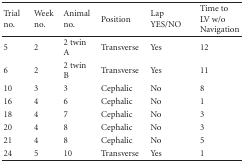
| Trial no. | Week no. | Animal no. | Position | Lap YES/NO | Time to LV w/o Navigation |
 | --- | --- | --- | --- | --- | --- |
 | 5 | 2 | 2 twin A | Transverse | Yes | 12 |
 | 6 | 2 | 2 twin B | Transverse | Yes | 11 |
 | 10 | 3 | 3 | Cephalic | No | 8 |
 | 16 | 4 | 6 | Cephalic | No | 1 |
 | 18 | 4 | 7 | Cephalic | No | 3 |
 | 20 | 4 | 8 | Cephalic | No | 3 |
 | 21 | 4 | 8 | Cephalic | No | 5 |
 | 24 | 5 | 10 | Transverse | Yes | 1 |